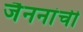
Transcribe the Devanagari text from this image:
जैननांची